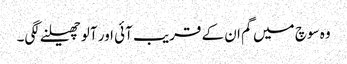
وہ سوچ میں گم ان کے قریب آئی اور آلو چھیلنے لگی۔